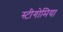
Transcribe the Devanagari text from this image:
स्टीगोमिया